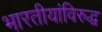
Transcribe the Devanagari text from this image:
भारतीयांविरुद्ध